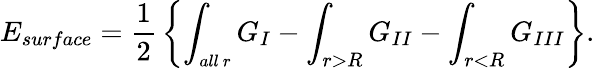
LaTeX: E_{surface}={\frac{1}{2}}\left\{ \int_{\small all\ r}G_{I}-\int_{r>R}G_{II}-\int_{r<R}G_{III}\right\} .